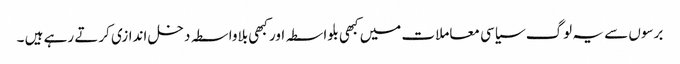
برسوں سے یہ لوگ سیاسی معاملات میں کبھی بلواسطہ اور کبھی بلاواسطہ دخل اندازی کرتے رہے ہیں ۔